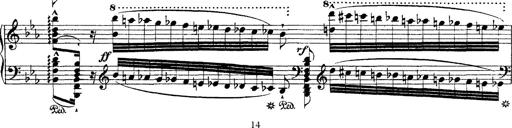
Title: Ã‰tudes d'exÃ©cution transcendante d'aprÃ¨s Paganini
Composer: Franz Liszt